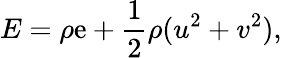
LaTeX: E=\rho\mathrm{e}+\frac{{1}}{{2}}\rho(u^{2}+v^{2}),